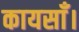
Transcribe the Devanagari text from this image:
कायसाँ।